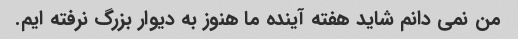
من نمی دانم شاید هفته آینده ما هنوز به دیوار بزرگ نرفته ایم.